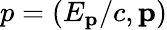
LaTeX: p=(E_{\mathbf{p}}/c,\mathbf{p})